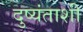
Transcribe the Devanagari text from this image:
दुष्यंताशी